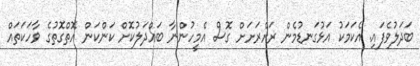
ބަދަލުވެފައި. އެކަމަކު އަޅުގަނޑުމެން ރަށްރަށަށް ގޮސް އެމީހުންނާ ބައްދަލުކޮށް ކަންކަން އޮތްގޮތުގެ ވާހަކަތައް